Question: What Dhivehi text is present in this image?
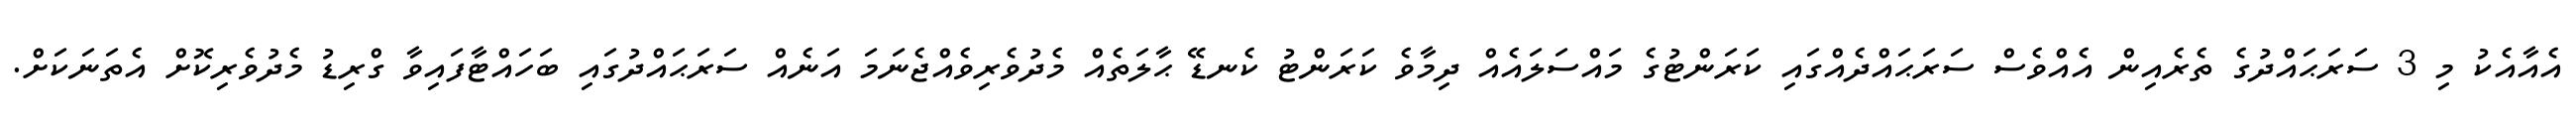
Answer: އެއާއެކު މި 3 ސަރަޙައްދުގެ ތެރެއިން އެއްވެސް ސަރަޙައްދެއްގައި ކަރަންޓުގެ މައްސަލައެއް ދިމާވެ ކަރަންޓު ކެނޑޭ ޙާލަތެއް މެދުވެރިވެއްޖެނަމަ އަނެއް ސަރަޙައްދުގައި ބަހައްޓާފައިވާ ގްރިޑު މެދުވެރިކޮށް އެތަނަކަށް.